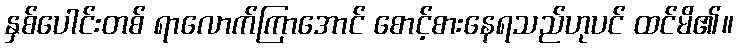
နှစ်ပေါင်းတစ် ရာလောက်ကြာအောင် စောင့်စားနေရသည်ဟုပင် ထင်မိ၏။